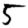
Digit: 5